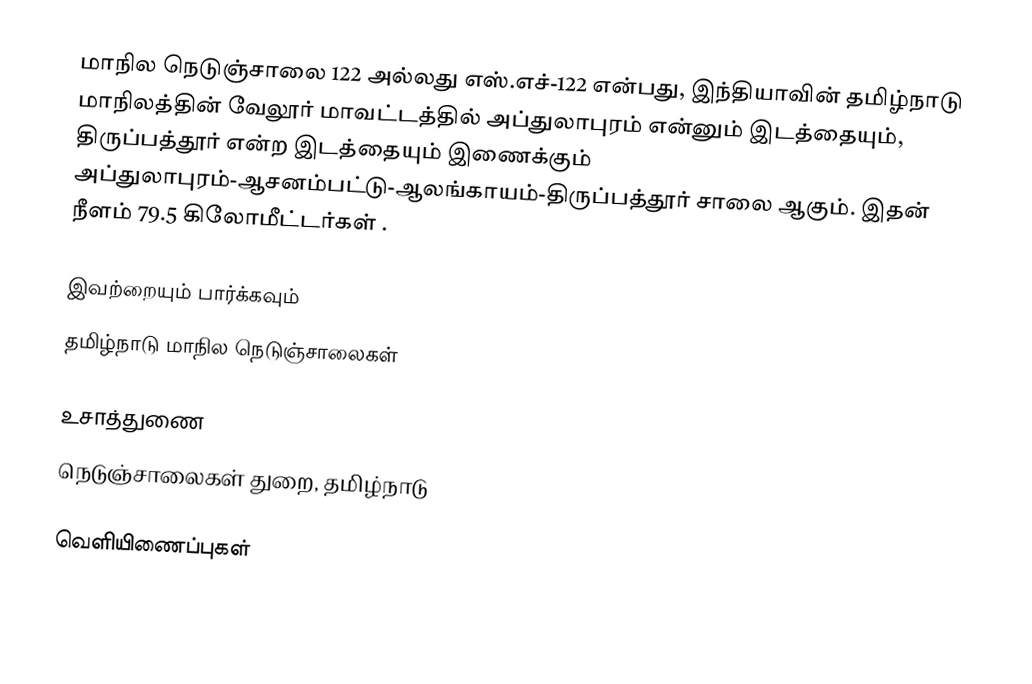
மாநில நெடுஞ்சாலை 122 அல்லது எஸ்.எச்-122 என்பது, இந்தியாவின் தமிழ்நாடு மாநிலத்தின் வேலூர் மாவட்டத்தில் அப்துலாபுரம் என்னும் இடத்தையும், திருப்பத்தூர் என்ற இடத்தையும் இணைக்கும் அப்துலாபுரம்-ஆசனம்பட்டு-ஆலங்காயம்-திருப்பத்தூர் சாலை ஆகும். இதன் நீளம் 79.5  கிலோமீட்டர்கள் .

இவற்றையும் பார்க்கவும்
 தமிழ்நாடு மாநில நெடுஞ்சாலைகள்

உசாத்துணை
 நெடுஞ்சாலைகள் துறை, தமிழ்நாடு

வெளியிணைப்புகள்